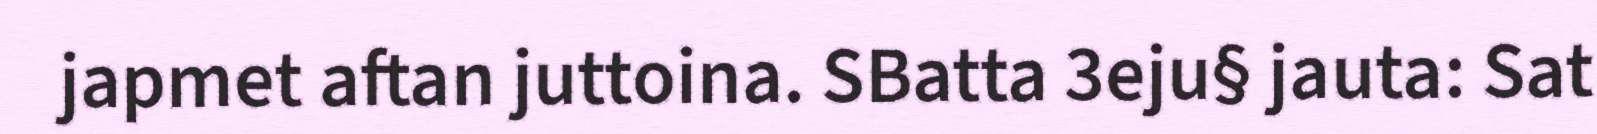
japmet aftan juttoina. SBatta 3eju§ jauta: Sat